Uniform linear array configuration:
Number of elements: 48
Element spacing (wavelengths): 0.25
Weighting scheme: hamming
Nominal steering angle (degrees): -60
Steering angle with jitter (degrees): -61.221
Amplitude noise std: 0.05
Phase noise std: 0.05

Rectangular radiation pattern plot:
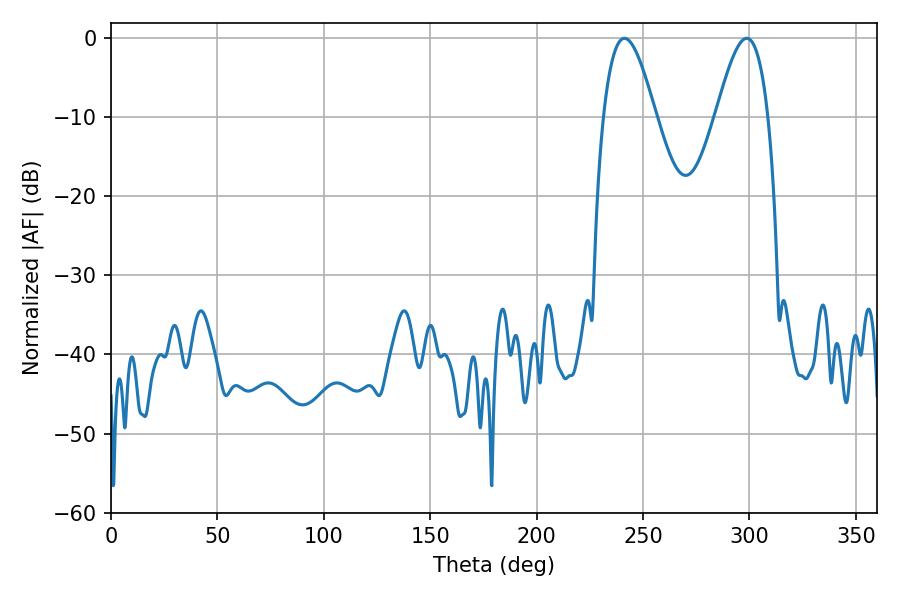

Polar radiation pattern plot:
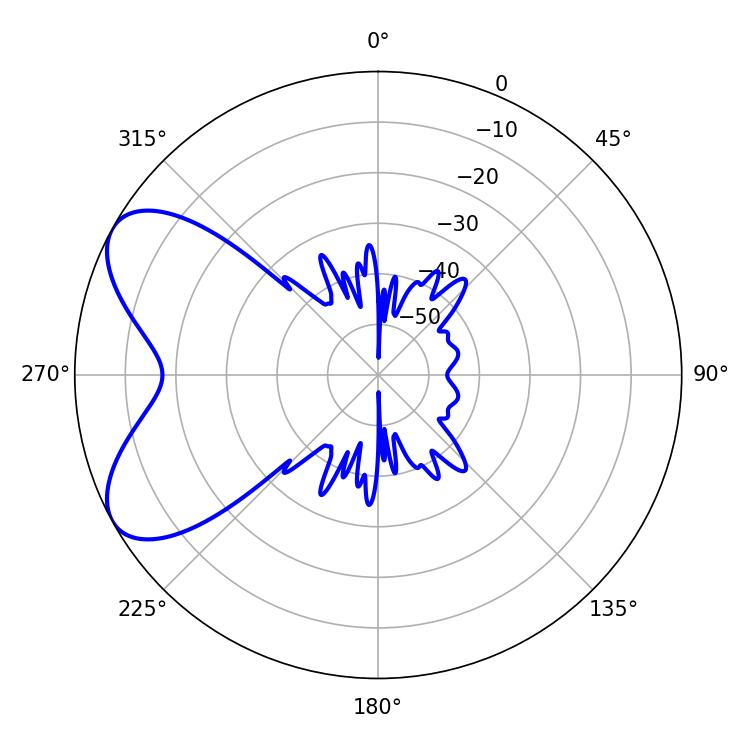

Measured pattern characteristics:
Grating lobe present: FALSE
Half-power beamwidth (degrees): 13.14
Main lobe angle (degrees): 241.2